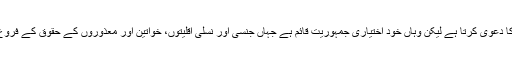
چین اگرچہ تائیوان کو اپنا حصہ ہونے کا دعویٰ کرتا ہے لیکن وہاں خود اختیاری جمہوریت قائم ہے جہاں جنسی اور نسلی اقلیتوں، خواتین اور معذوروں کے حقوق کے فروغ کے لیے سول سوسائٹی بہت فعال ہے۔